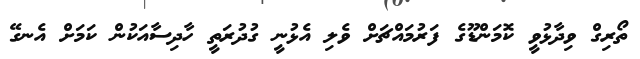
ތޯރިގް ވިދާޅުވީ ކޮމަންޑޫގެ ފަރުމައްޗަށް ވެލި އެޅުނީ ގުދުރަތީ ހާދިސާއަކުން ކަމަށް އެނގޭ